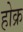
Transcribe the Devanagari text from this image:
होक्र